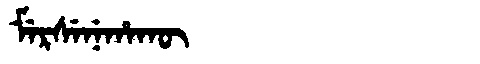
Manchu: ᠮᡝᡵᠰᡝᠨᡝᡥᠠᡴᡡ
Romanization: MERSENEHAKŪ